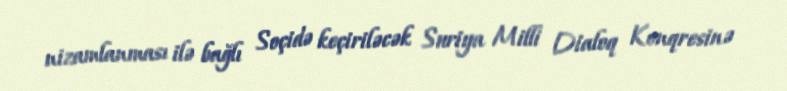
nizamlanması ilə bağlı Soçidə keçiriləcək Suriya Milli Dialoq Konqresinə